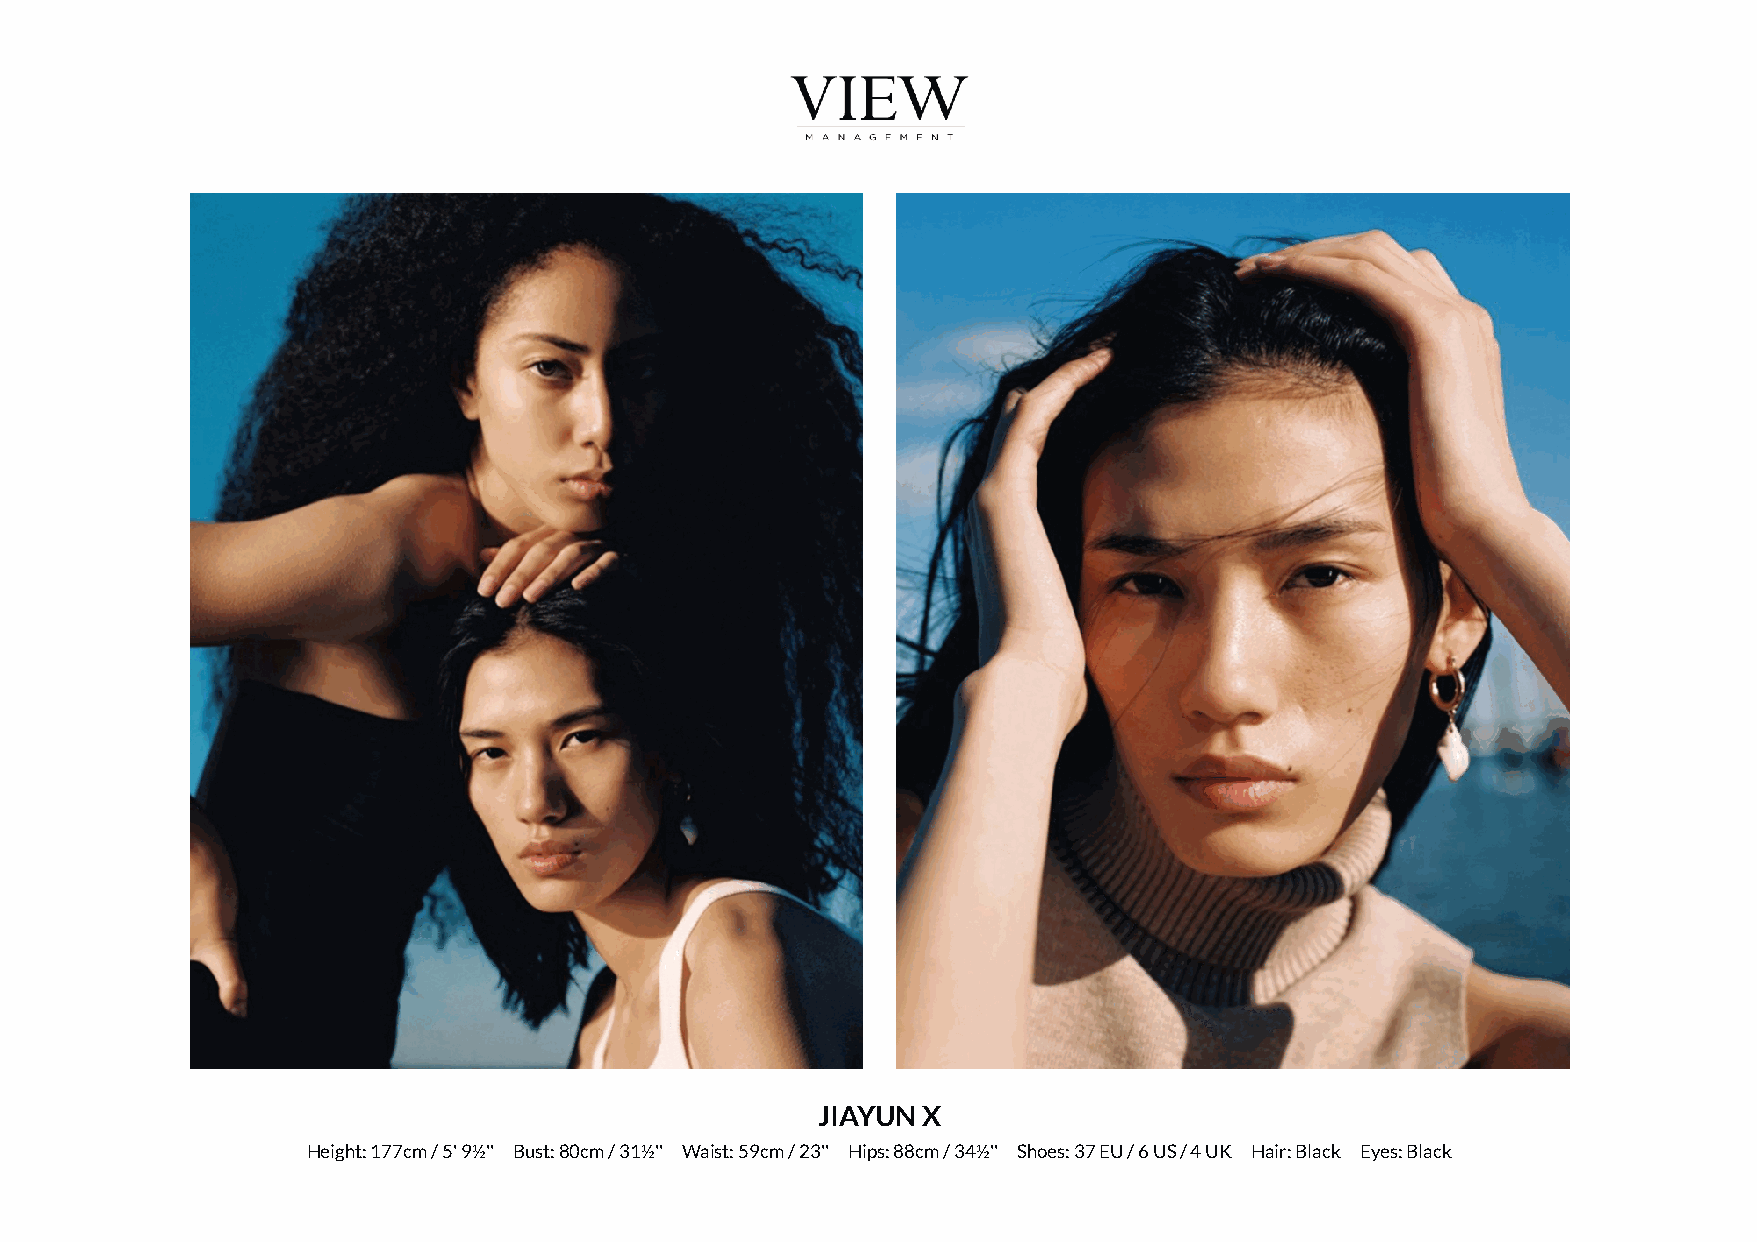
JIAYUN X
 Height: 177cm / 5' 9½'' Bust: 80cm / 31½'' Waist: 59cm / 23'' Hips: 88cm / 34½'' Shoes: 37 EU / 6 US / 4 UK Hair: Black Eyes: Black